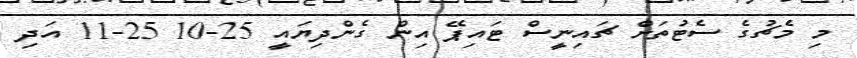
މި މެޗުގެ ސެޓުތަށް ޗައިނީސް ޓައިޕޭ އިން ގެންދިޔައީ 25-10 25-11 އަދި